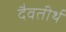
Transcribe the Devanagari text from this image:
दैवतीर्थ